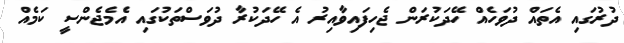
ދުރުގައި އެތައް ދުވަހެއް ހޭދަކުރަން ޖެހިފައިވާއިރު އެ ހޭދަކުރާ ދުވަސްތަކުގައި އެމެޖެންސީ ކަމެއް